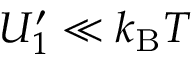
U _ { 1 } ^ { \prime } \ll k _ { \mathrm { B } } T